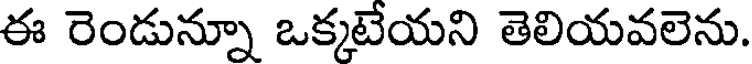
ఈ రెండున్నూ ఒక్కటేయని తెలియవలెను.